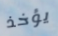
يؤخذ